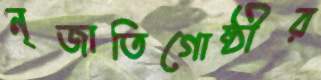
নৃজাতিগোষ্ঠীর